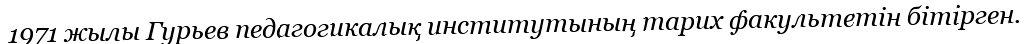
1971 жылы Гурьев педагогикалық институтының тарих факультетін бітірген.